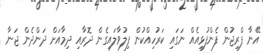
އޭނާ ފްރިޖުން ފެންފުޅިއެއް ނަގައި ކަރުހިއްކުން ފިލުވާލައިގެން ދޮރާއި ދިމާއަށް ދަންދެން ޖަނާ